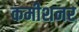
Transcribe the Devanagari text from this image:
कमीशनर